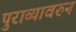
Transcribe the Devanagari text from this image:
पुराव्यावरुन